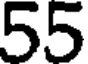
55